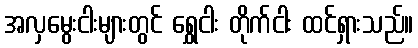
အလှမွေးငါးများတွင် ရွှေငါး တိုက်ငါး ထင်ရှားသည်။